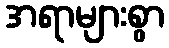
အရာများစွာ